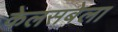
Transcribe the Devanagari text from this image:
केलसबेला